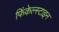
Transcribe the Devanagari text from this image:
फिंकेल्स्टाइन